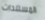
المستندات